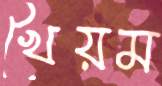
খৈয়ম